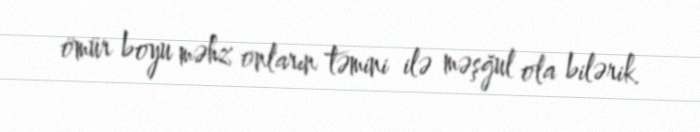
ömür boyu məhz onların təmini ilə məşğul ola bilərik.